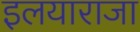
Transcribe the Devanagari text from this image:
इलयाराजा